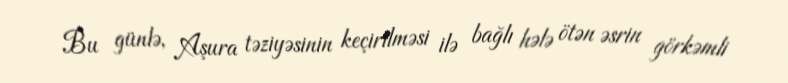
Bu günlə, Aşura təziyəsinin keçirilməsi ilə bağlı hələ ötən əsrin görkəmli